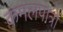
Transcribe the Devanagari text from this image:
कमलपात्रों